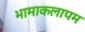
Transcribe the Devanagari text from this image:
भामाकलापम